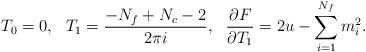
LaTeX: \begin{align*}T_0=0, \ \ T_1=\frac{-N_f+N_c-2}{2\pi i}, \ \ \frac{\partial F}{\partial T_1}= 2u-\sum_{i=1}^{N_f} m_i^2.\end{align*}